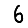
Digit: 6